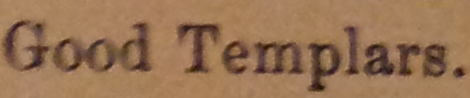
Good Templars.